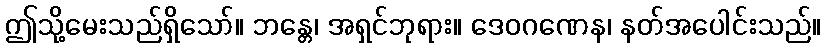
ဤသို့မေးသည်ရှိသော်။ ဘန္တေ၊ အရှင်ဘုရား။ ဒေဝဂဏေန၊ နတ်အပေါင်းသည်။